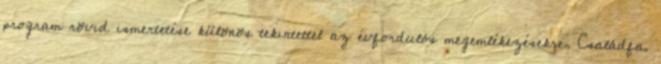
program rövid ismertetése különös tekintettel az évfordulós megemlékezésekre, Családfa.